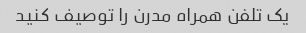
یک تلفن همراه مدرن را توصیف کنید